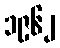
၁၉၆၂